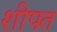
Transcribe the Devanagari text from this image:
शीपत